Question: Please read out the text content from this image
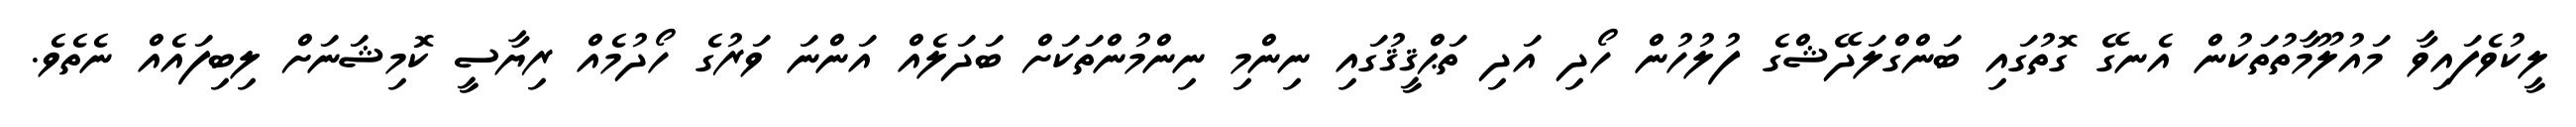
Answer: ލީކުވެފައިވާ މައުލޫމާތުތަކުން އެނގޭ ގޮތުގައި ބަންގްލަދޭޝްގެ ފުލުހުން ހޯދި އަދި ތަޙްޤީޤުގައި ނިންމި ނިންމުންތަކަށް ބަދަލެއް އަންނަ ވަރުގެ ހޯދުމެއް ރިޔާސީ ކޮމިޝަނަށް ލިބިފައެއް ނެތެވެ.